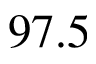
9 7 . 5